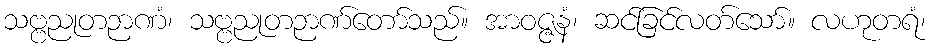
သဗ္ဗညုတဉာဏံ၊ သဗ္ဗညုတဉာဏ်တော်သည်။ အာဝဇ္ဇနံ၊ ဆင်ခြင်လတ်သော်။ လဟုတရံ၊